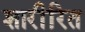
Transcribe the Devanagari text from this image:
शारीरित